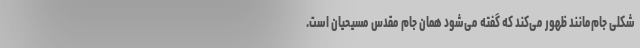
شکلی جام‌مانند ظهور می‌کند که گفته می‌شود همان جام مقدس مسیحیان است.